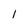
Character: l